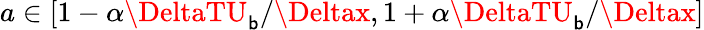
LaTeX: a\in\left[1-\alpha\DeltaTU_{\mathsf{b}}/\Deltax,1+\alpha\DeltaTU_{\mathsf{b}}/\Deltax\right]